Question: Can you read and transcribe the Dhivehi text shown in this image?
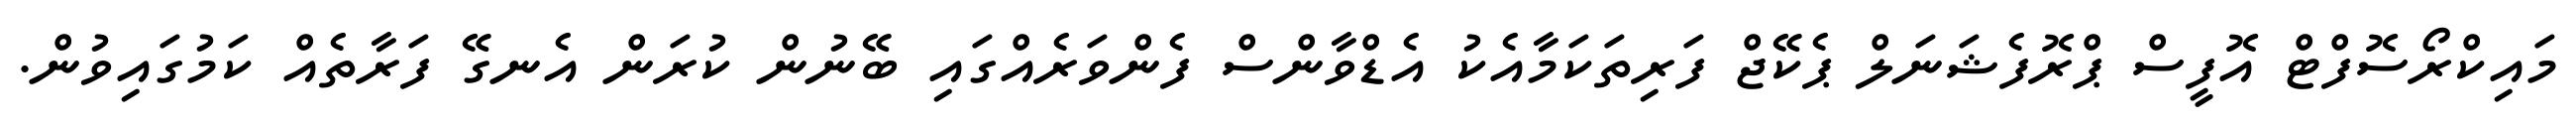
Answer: މައިކްރޯސޮފްޓް އޮފީސް ޕްރޮފެޝަނަލް ޕެކޭޖް ފަރިތަކަމާއެކު އެޑްވާންސް ފެންވަރެއްގައި ބޭނުން ކުރަން އެނގޭ ފަރާތެއް ކަމުގައިވުން.